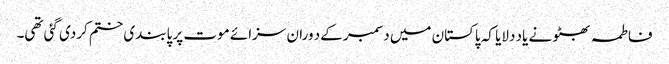
فاطمہ بھٹو نے یاد دلایا کہ پاکستان میں دسمبر کےد وران سزائے موت پر پابندی ختم کردی گئی تھی۔